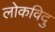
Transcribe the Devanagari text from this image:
लोकविदु